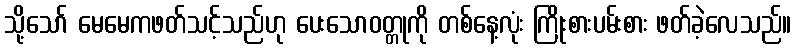
သို့သော် မေမေကဖတ်သင့်သည်ဟု ပေးသောဝတ္တုကို တစ်နေ့လုံး ကြိုးစားပမ်းစား ဖတ်ခဲ့လေသည်။